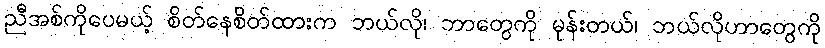
ညီအစ်ကိုပေမယ့် စိတ်နေစိတ်ထားက ဘယ်လို၊ ဘာတွေကို မုန်းတယ်၊ ဘယ်လိုဟာတွေကို